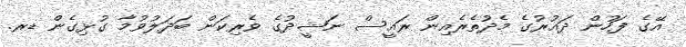
އޭގެ ފަހުން ދައުރުގެ މެދުތެރެއިން ރައީސް ނަޝީދުގެ ވެރިކަން ބަދަލުވުމާ ގުޅިގެން ޑރ.